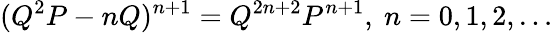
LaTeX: (Q^{2}P-nQ)^{n+1}=Q^{2n+2}P^{n+1},\ n=0,1,2,\ldots